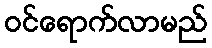
ဝင်ရောက်လာမည်